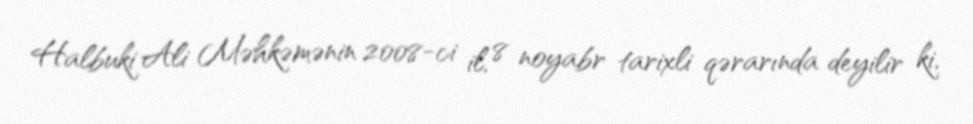
Halbuki Ali Məhkəmənin 2008-ci il, 8 noyabr tarixli qərarında deyilir ki,